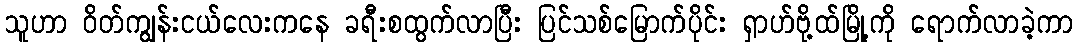
သူဟာ ဝိတ်ကျွန်းငယ်လေးကနေ ခရီးစထွက်လာပြီး ပြင်သစ်မြောက်ပိုင်း ရှာဟ်ဗို့ထ်မြို့ကို ရောက်လာခဲ့ကာ